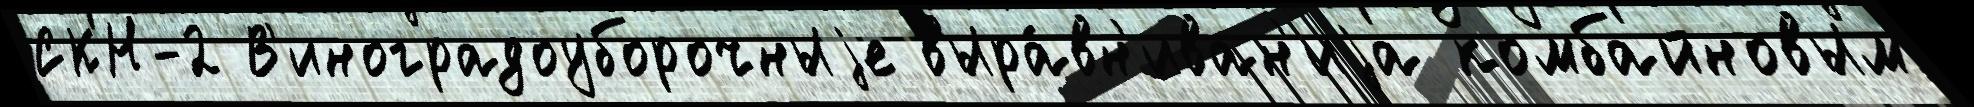
СКН-2 В'иноградоуборочныjе выра́вн'иван'иjа комбайновым